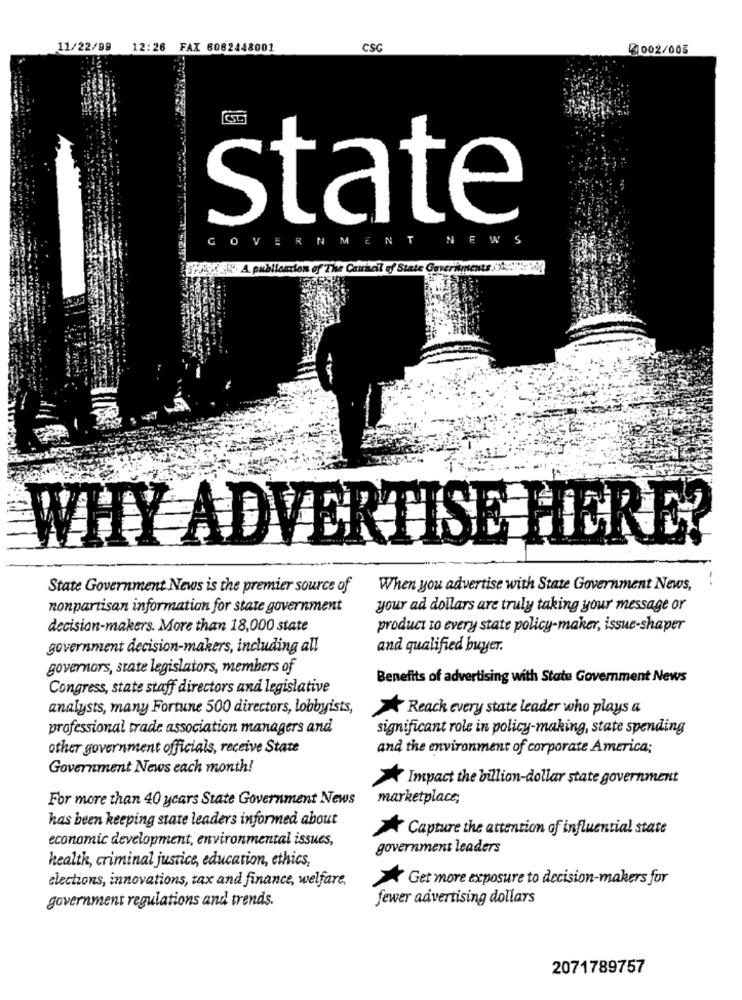
11/22/99
12:26 FAX 6082448001
CSC
4002/005
state
GOVERNM
ENT
NEW
S
wblication of The Carrizil of State Gaver!
WHY ADVERTISE HERE?
State Government News is the premier source of
When you advertise with State Government News,
nonpartisan information for state government
your ad dollars are truly taking your message or
decision-makers. More than 18,000 state
product to every state policy-maker, issue-shaper
government decision-makers, including all
and qualified buyer.
governors, state legislators, members of
Benefits of advertising with State Government News
Congress, state staff directors and legislative
analysts, many Fortune 500 directors, lobbyists,
A Reach every state leader who plays a
professional trade association managers and
significant role in policy-making, state spending
other government officials, receive State
and the environment of corporate America;
Government News each month!
Impact the billion-dollar state government
For more than 40 years State Government News
marketplace;
has been keeping state leaders informed about
Capture the attention of influential state
economic development, environmental issues,
government leaders
health, criminal justice, education, ethics,
elections, innovations, tax and finance, welfare,
* Get more exposure to decision-makers for
government regulations and trends.
fewer advertising dollars
2071789757